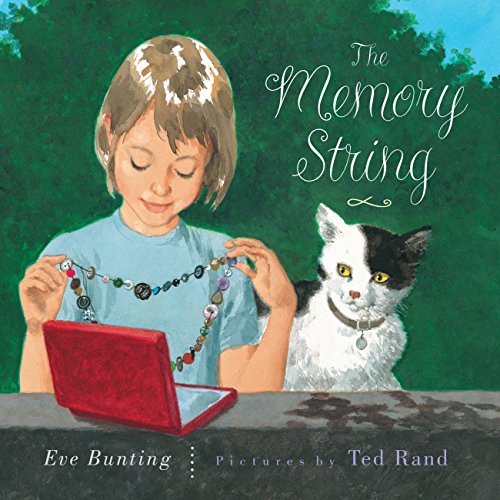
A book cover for The Memory String; Eve Bunting; Children's Books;